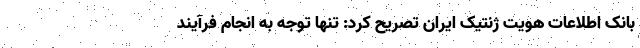
بانک اطلاعات هویت ژنتیک ایران تصریح کرد: تنها توجه به انجام فرآیند